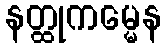
နတ္ထုကမ္မေန